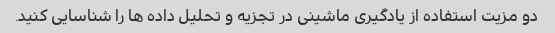
دو مزیت استفاده از یادگیری ماشینی در تجزیه و تحلیل داده ها را شناسایی کنید.